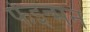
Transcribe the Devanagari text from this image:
फेइन्मन